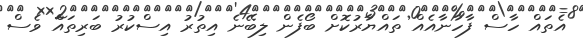
އެތައް ހާސް ފާހާނާއެއް ތައްޔާރުކޮށް ބޯފެން ލިބޭނެ އިތުރު އިސްކުރު ބަރިތައް ވެސް